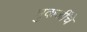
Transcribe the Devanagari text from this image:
मुकर्जींचे